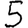
Digit: 5